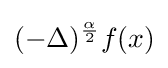
(-\Delta )^{\frac {\alpha }{2}}f(x)